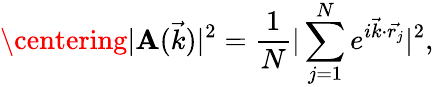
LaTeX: \centering|\mathbf{A}(\vec{{k}})|^{2}=\frac{{1}}{{N}}|\sum_{j=1}^{N}e^{i\vec{{k}}\cdot\vec{{r_{j}}}}|^{2},